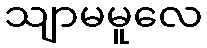
သျာမမူလေ